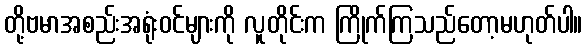
တို့ဗမာအစည်းအရုံးဝင်များကို လူတိုင်းက ကြိုက်ကြသည်တော့မဟုတ်ပါ။